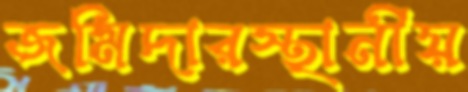
জমিদারস্থানীয়